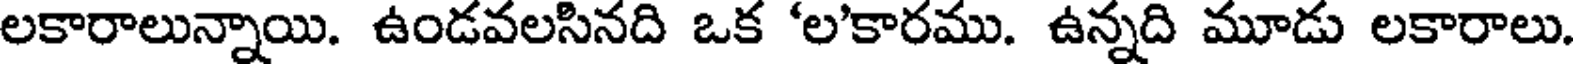
లకారాలున్నాయి. ఉండవలసినది ఒక 'ల'కారము. ఉన్నది మూడు లకారాలు.